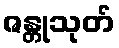
ဇန္တုသုတ်